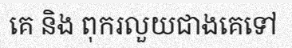
គេ និង ពុករលួយជាងគេទៅ